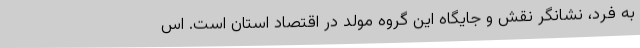
به فرد، نشانگر نقش و جایگاه این گروه مولد در اقتصاد استان است. اس